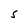
Character: S